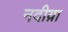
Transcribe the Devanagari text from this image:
नदीय़ा